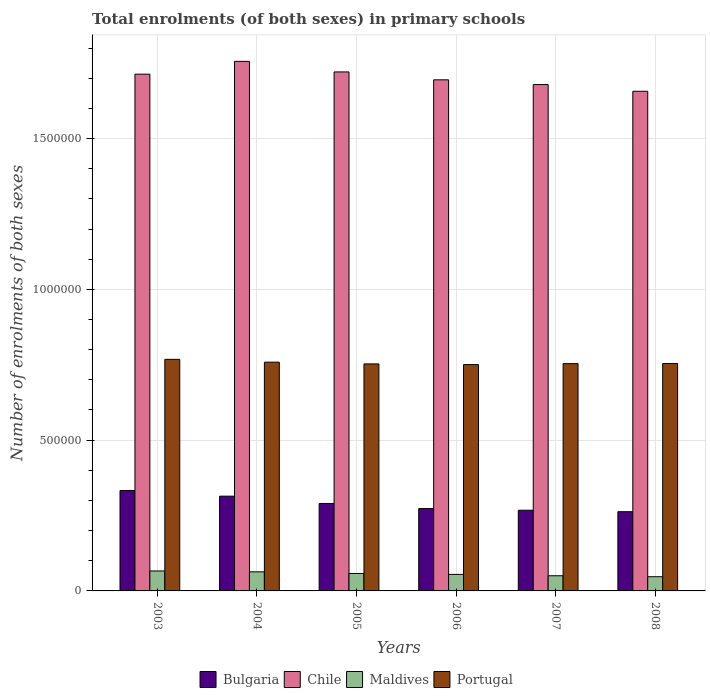
| Years | Bulgaria | Chile | Maldives | Portugal |
 | --- | --- | --- | --- | --- |
 | 2003 | 3.33e+05 | 1.71e+06 | 6.62e+04 | 7.68e+05 |
 | 2004 | 3.14e+05 | 1.76e+06 | 6.33e+04 | 7.58e+05 |
 | 2005 | 2.9e+05 | 1.72e+06 | 5.79e+04 | 7.53e+05 |
 | 2006 | 2.73e+05 | 1.69e+06 | 5.48e+04 | 7.5e+05 |
 | 2007 | 2.68e+05 | 1.68e+06 | 5.03e+04 | 7.54e+05 |
 | 2008 | 2.63e+05 | 1.66e+06 | 4.71e+04 | 7.54e+05 |